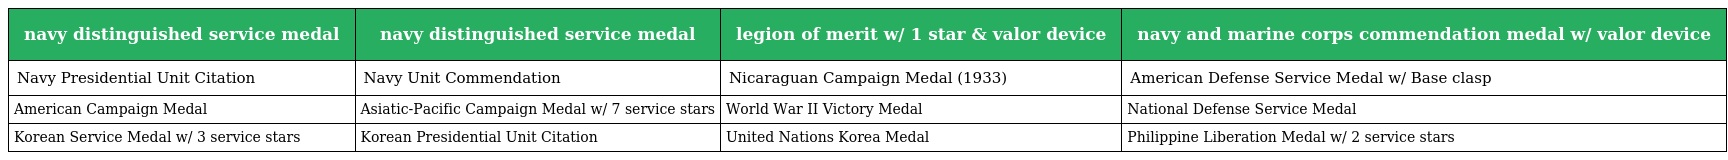
| navy distinguished service medal | navy distinguished service medal | legion of merit w/ 1 star & valor device | navy and marine corps commendation medal w/ valor device |
 | --- | --- | --- | --- |
 | Navy Presidential Unit Citation | Navy Unit Commendation | Nicaraguan Campaign Medal (1933) | American Defense Service Medal w/ Base clasp |
 | American Campaign Medal | Asiatic-Pacific Campaign Medal w/ 7 service stars | World War II Victory Medal | National Defense Service Medal |
 | Korean Service Medal w/ 3 service stars | Korean Presidential Unit Citation | United Nations Korea Medal | Philippine Liberation Medal w/ 2 service stars |